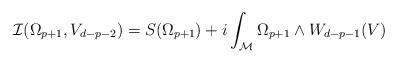
LaTeX: \begin{align*}{\cal{I}}(\Omega_{p+1},V_{d-p-2})=S(\Omega_{p+1})+i\int_{\cal{M}}\Omega_{p+1}\wedge{}W_{d-p-1}(V){}\end{align*}